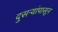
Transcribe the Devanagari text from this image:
दुसऱ्यांपासून